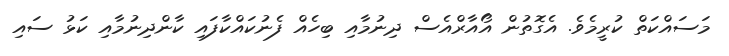
މަސައްކަތް ކުރީމެވެ. އެގޮތުން އޯއާރްއެސް ދިނުމާއި ބިހެއް ފެނުކައްކާފައި ކާންދިނުމާއި ކަޅު ސައި